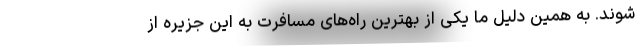
شوند. به همین دلیل ما یکی از بهترین راه‌های مسافرت به این جزیره از